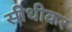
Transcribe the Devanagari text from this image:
सीधीकर